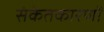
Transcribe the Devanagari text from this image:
संकेतकारणों